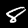
Label: 8